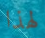
لهذا